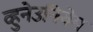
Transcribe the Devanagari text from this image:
व्हुनेउनियेम